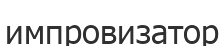
импровизатор